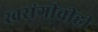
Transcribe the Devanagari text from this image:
स्वरांगीचीही